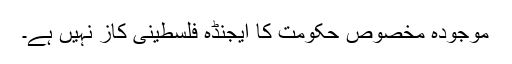
موجودہ مخصوص حکومت کا ایجنڈہ فلسطینی کاز نہیں ہے۔